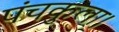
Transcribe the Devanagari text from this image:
पंचकुला।